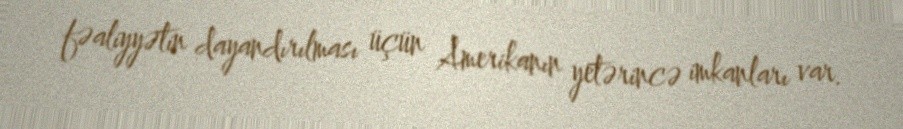
fəaliyyətin dayandırılması üçün Amerikanın yetərincə imkanları var.